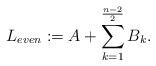
LaTeX: \begin{align*}L_{even}:=A+ \sum_{k=1}^{\frac{n-2}{2}}B_k.\end{align*}